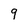
Character: 9